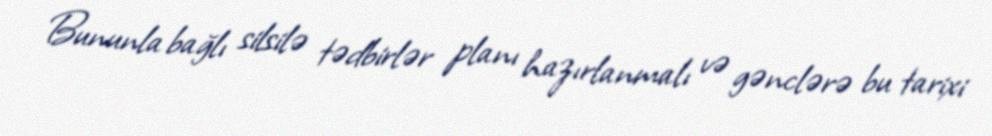
Bununla bağlı silsilə tədbirlər planı hazırlanmalı və gənclərə bu tarixi